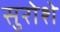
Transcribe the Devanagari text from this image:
सुरोशे